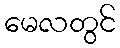
မေလတွင်